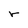
Character: r